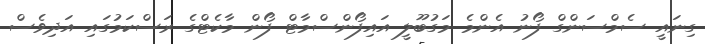
ގިނައީ ސެމްސަންގް ފޯނު އެންމެ މަގުބޫލީ އައިފޯންސްމާޓް ފޯން މާކެޓްގެ ރަސްކަމުގައި އަދިވެސް